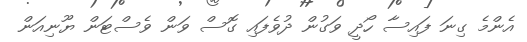
އެންމެ ގިނަ ފައިސާ ހޯދީ ވަގުން ދުވެފައި ގޮސް ވަން ވެސްޓަން ޔޫނިއަން